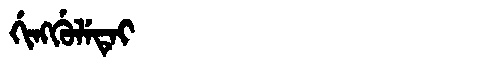
Manchu: ᡤᡳᠩᡤᡠᠯᡝᡨᡝᡳ
Romanization: GINGGULETEI